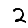
Digit: 2